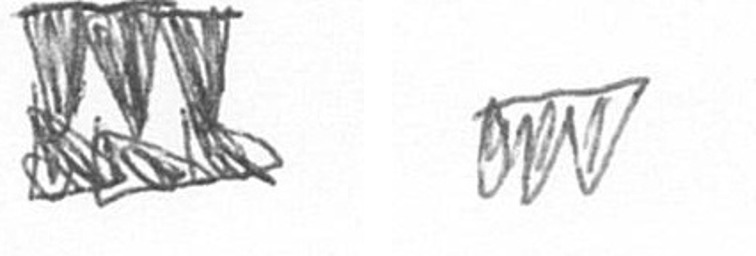
D L